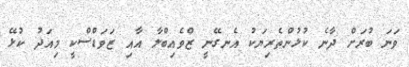
ވަނަ ބުރަށް ދާނެ ކުޅުންތެރިޔަކު އެނގޭނީ ޒްވެއިބްލާ އާއި ޒަވަޑްސްކީ މިއަދު ކުޅޭ